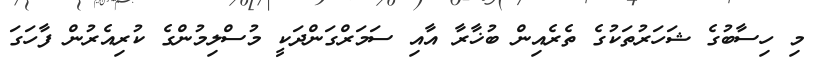
މި ހިސާބުގެ ޝަހަރުތަކުގެ ތެރެއިން ބުޚާރާ އާއި ސަމަރްގަންދަކީ މުސްލިމުންގެ ކުރިއެރުން ފާހަގަ